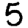
Digit: 5